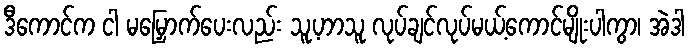
ဒီကောင်က ငါ မမြှောက်ပေးလည်း သူ့ဟာသူ လုပ်ချင်လုပ်မယ့်ကောင်မျိုးပါကွာ၊ အဲဒါ